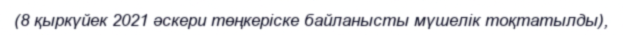
(8 қыркүйек 2021 әскери төңкеріске байланысты мүшелік тоқтатылды),